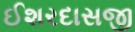
ઈશરદાસજી